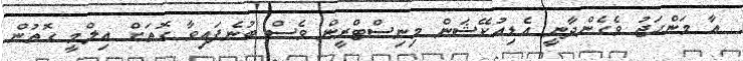
އާ މަންހަޖު ވެގެންދާނީ އެޑިއުކޭޝަން މިނިސްޓްރީން ވެސް ބުނެފައިވާ ގޮތަށް އިލްމީ ގޮތުން